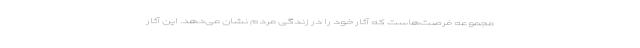
مجموعه فرصت‌هاست که آثار خود را در زندگی مردم نشان می‌دهد. این آثار